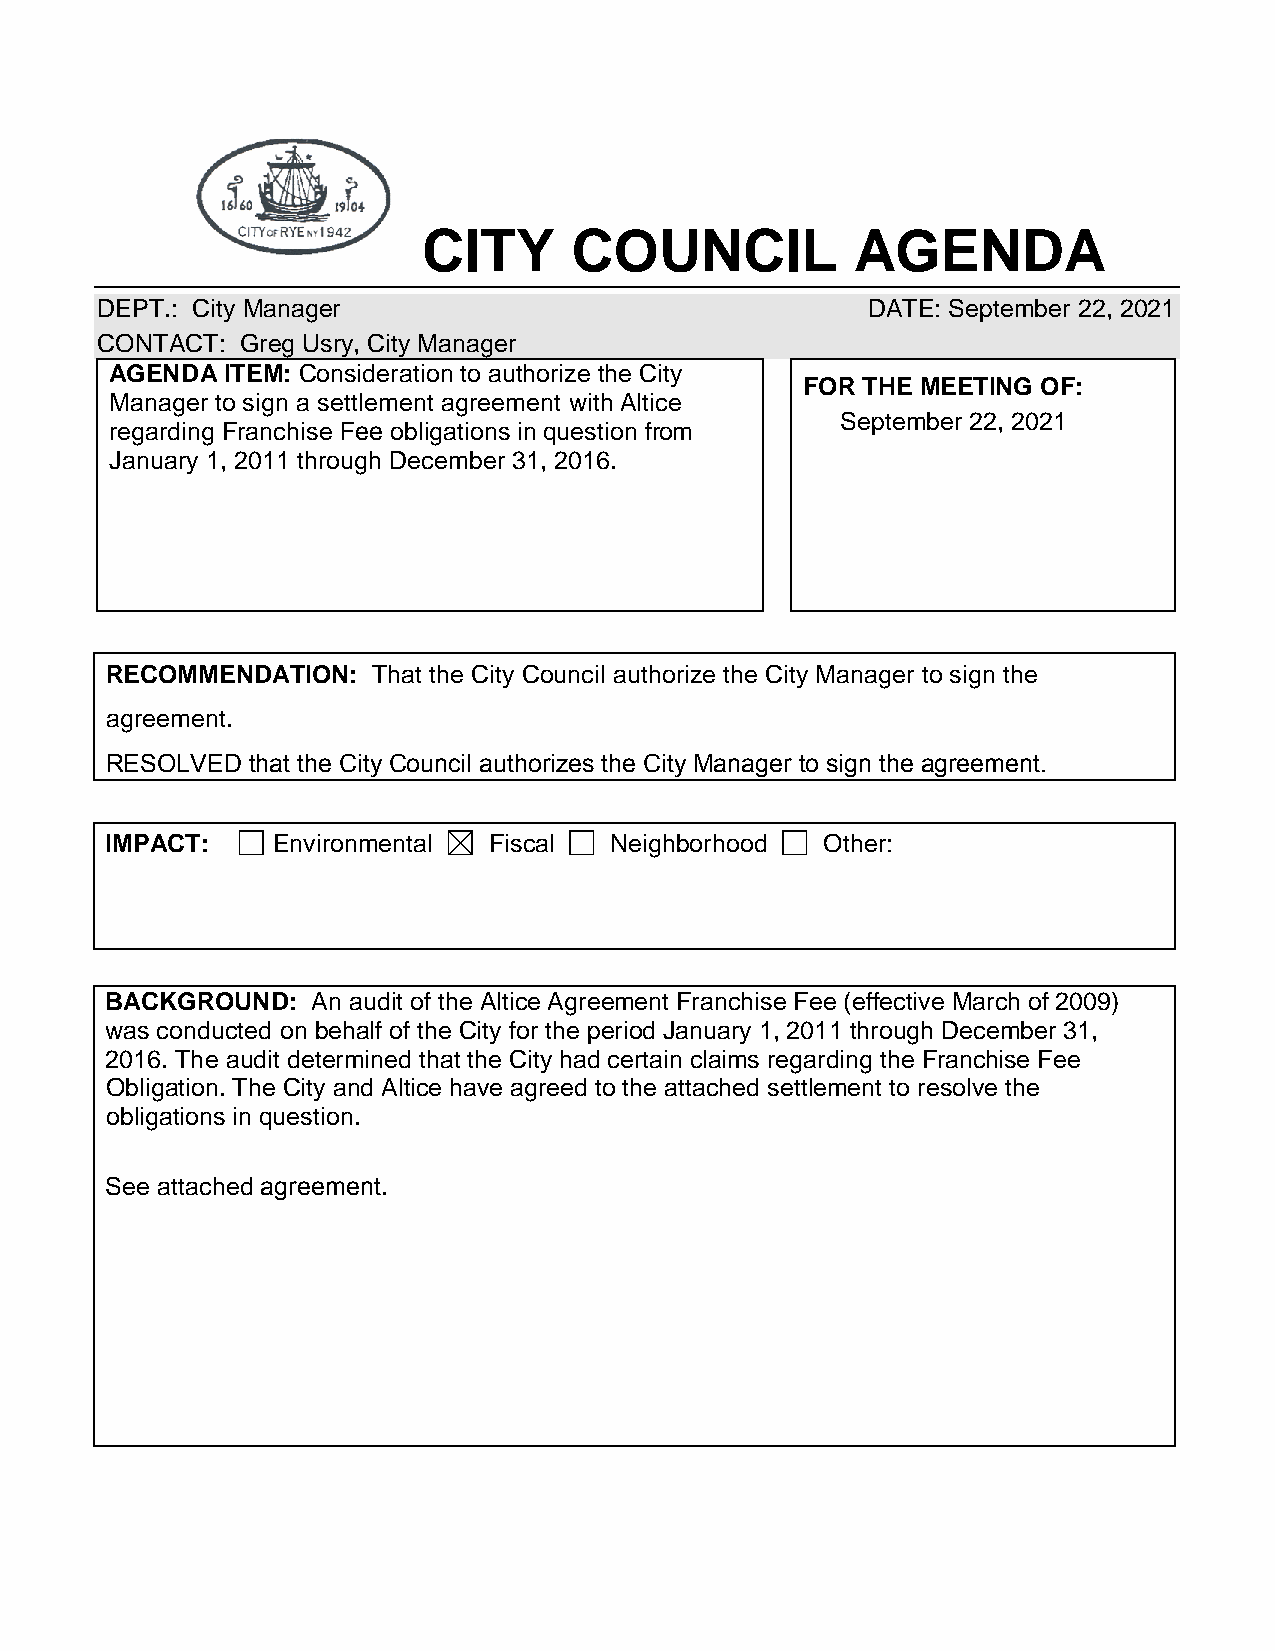
CITY      COUNCIL            AGENDA
 DEPT.: City Manager                                DATE: September 22, 2021
 CONTACT:  Greg Usry, City Manager
 AGENDA  ITEM: Consideration to authorize the City
 FOR THE MEETING OF:
 Manager to sign a settlement agreement with Altice
 September 22, 2021
 regarding Franchise Fee obligations in question from
 January 1, 2011 through December 31, 2016.
 RECOMMENDATION:   That the City Council authorize the City Manager to sign the
 agreement.
 RESOLVED that the City Council authorizes the City Manager to sign the agreement.
 IMPACT:    Environmental Fiscal  Neighborhood   Other:
 BACKGROUND:   An audit of the Altice Agreement Franchise Fee (effective March of 2009)
 was conducted on behalf of the City for the period January 1, 2011 through December 31,
 2016. The audit determined that the City had certain claims regarding the Franchise Fee
 Obligation. The City and Altice have agreed to the attached settlement to resolve the
 obligations in question.
 See attached agreement.